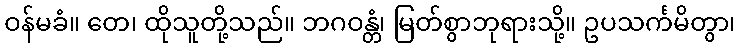
ဝန်မခံ။ တေ၊ ထိုသူတို့သည်။ ဘဂဝန္တံ၊ မြတ်စွာဘုရားသို့။ ဥပသင်္ကမိတွာ၊